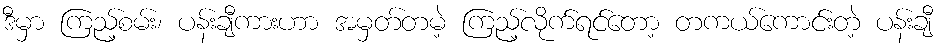
ဒီမှာ ကြည့်စမ်း၊ ပန်းချီကားဟာ အမှတ်တမဲ့ ကြည့်လိုက်ရင်တော့ တကယ်ကောင်းတဲ့ ပန်းချီ